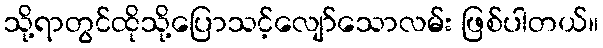
သို့ရာတွင်ထိုသို့ပြောသင့်လျော်သောလမ်း ဖြစ်ပါတယ်။